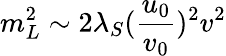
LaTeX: m_{L}^{2}\sim 2\lambda_{S}(\frac{u_{0}}{v_{0}})^{2}v^{2}